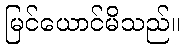
မြင်ယောင်မိသည်။